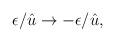
LaTeX: \begin{align*}\epsilon/\hat{u} \rightarrow - \epsilon/\hat{u},\end{align*}